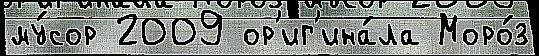
му́сор 2009 ор'иг'ина́ла Моро́з